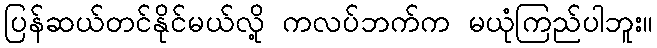
ပြန်ဆယ်တင်နိုင်မယ်လို့ ကလပ်ဘက်က မယုံကြည်ပါဘူး။